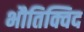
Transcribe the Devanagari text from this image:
भौतिक्विद